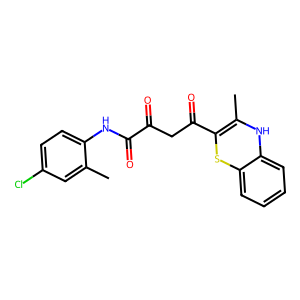
SMILES: CC1=C(C(=O)CC(=O)C(=O)Nc2ccc(Cl)cc2C)Sc2ccccc2N1
Inhibits HIV replication: No